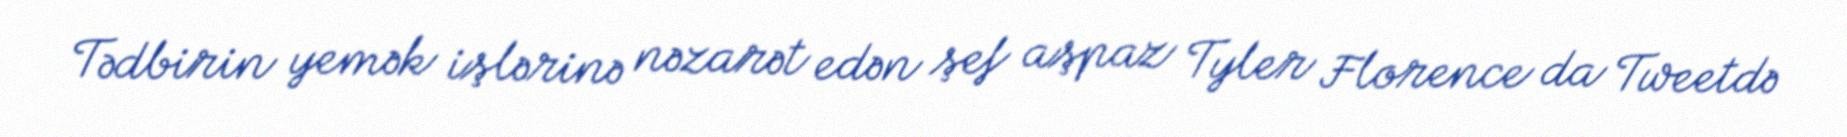
Tədbirin yemək işlərinə nəzarət edən şef aşpaz Tyler Florence da Tweetdə